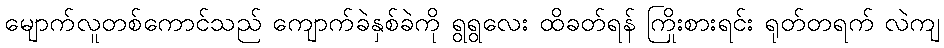
မျောက်လူတစ်ကောင်သည် ကျောက်ခဲနှစ်ခဲကို ရွရွလေး ထိခတ်ရန် ကြိုးစားရင်း ရုတ်တရက် လဲကျ